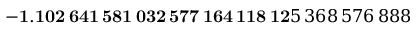
\mathbf { - 1 . 1 0 2 \, 6 4 1 \, 5 8 1 \, 0 3 2 \, 5 7 7 \, 1 6 4 \, 1 1 8 \, 1 2 } 5 \, 3 6 8 \, 5 7 6 \, 8 8 8